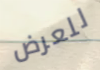
للعرض